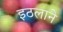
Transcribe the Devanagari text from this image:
इठलाने